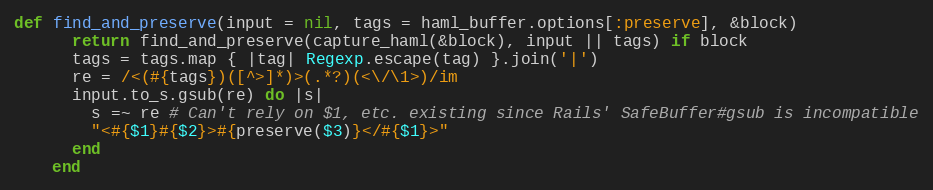
Language: Ruby
def find_and_preserve(input = nil, tags = haml_buffer.options[:preserve], &block)
      return find_and_preserve(capture_haml(&block), input || tags) if block
      tags = tags.map { |tag| Regexp.escape(tag) }.join('|')
      re = /<(#{tags})([^>]*)>(.*?)(<\/\1>)/im
      input.to_s.gsub(re) do |s|
        s =~ re # Can't rely on $1, etc. existing since Rails' SafeBuffer#gsub is incompatible
        "<#{$1}#{$2}>#{preserve($3)}</#{$1}>"
      end
    end